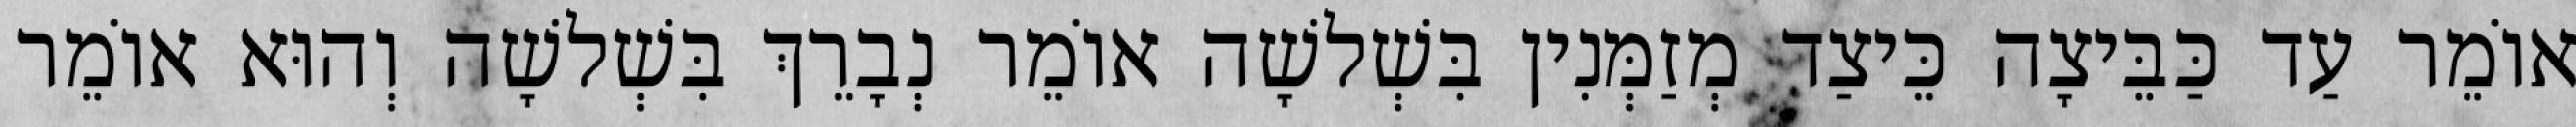
אוֹמֵר עַד כַּבֵּיצָה כֵּיצַד מְזַמְּנִין בִּשְׁלשָׁה אוֹמֵר נְבָרֵךְ בִּשְׁלשָׁה וְהוּא אוֹמֵר